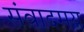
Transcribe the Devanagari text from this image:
संवादमय